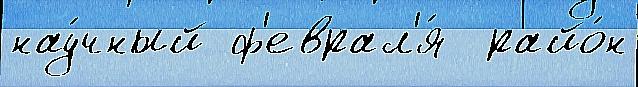
нау́чный ф'еврал'я́  райо́н